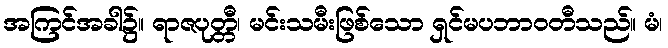
အကြင်အခါ၌။ ရာဇပုတ္တီ၊ မင်းသမီးဖြစ်သော ရှင်မပဘာဝတီသည်။ မံ၊